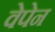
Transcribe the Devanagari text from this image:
वेपेन